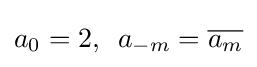
a_{0}=2,\,\,\,a_{-m}={\overline {a_{m}}}